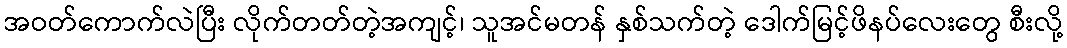
အဝတ်ကောက်လဲပြီး လိုက်တတ်တဲ့အကျင့်၊ သူအင်မတန် နှစ်သက်တဲ့ ဒေါက်မြင့်ဖိနပ်လေးတွေ စီးလို့